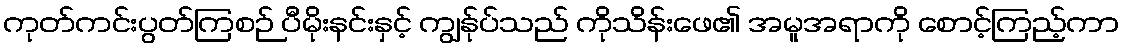
ကုတ်ကင်းပွတ်ကြစဉ် ပီမိုးနင်းနှင့် ကျွန်ုပ်သည် ကိုသိန်းဖေ၏ အမူအရာကို စောင့်ကြည့်ကာ